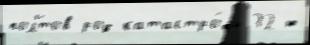
пол'́тов род катастро́фы 32-ю